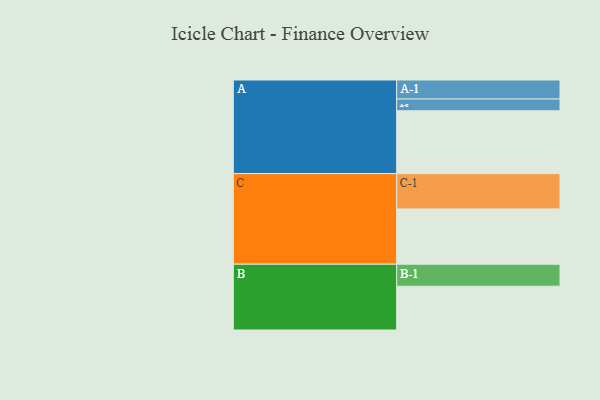
{"axis": {"x": "Segment", "y": "Value"}, "legend": ["", "A", "B", "C"], "data": [{"x": "A", "y": 520, "type": ""}, {"x": "B", "y": 362, "type": ""}, {"x": "C", "y": 457, "type": ""}, {"x": "A-1", "y": 157, "type": "A"}, {"x": "A-2", "y": 97, "type": "A"}, {"x": "B-1", "y": 182, "type": "B"}, {"x": "C-1", "y": 292, "type": "C"}]}